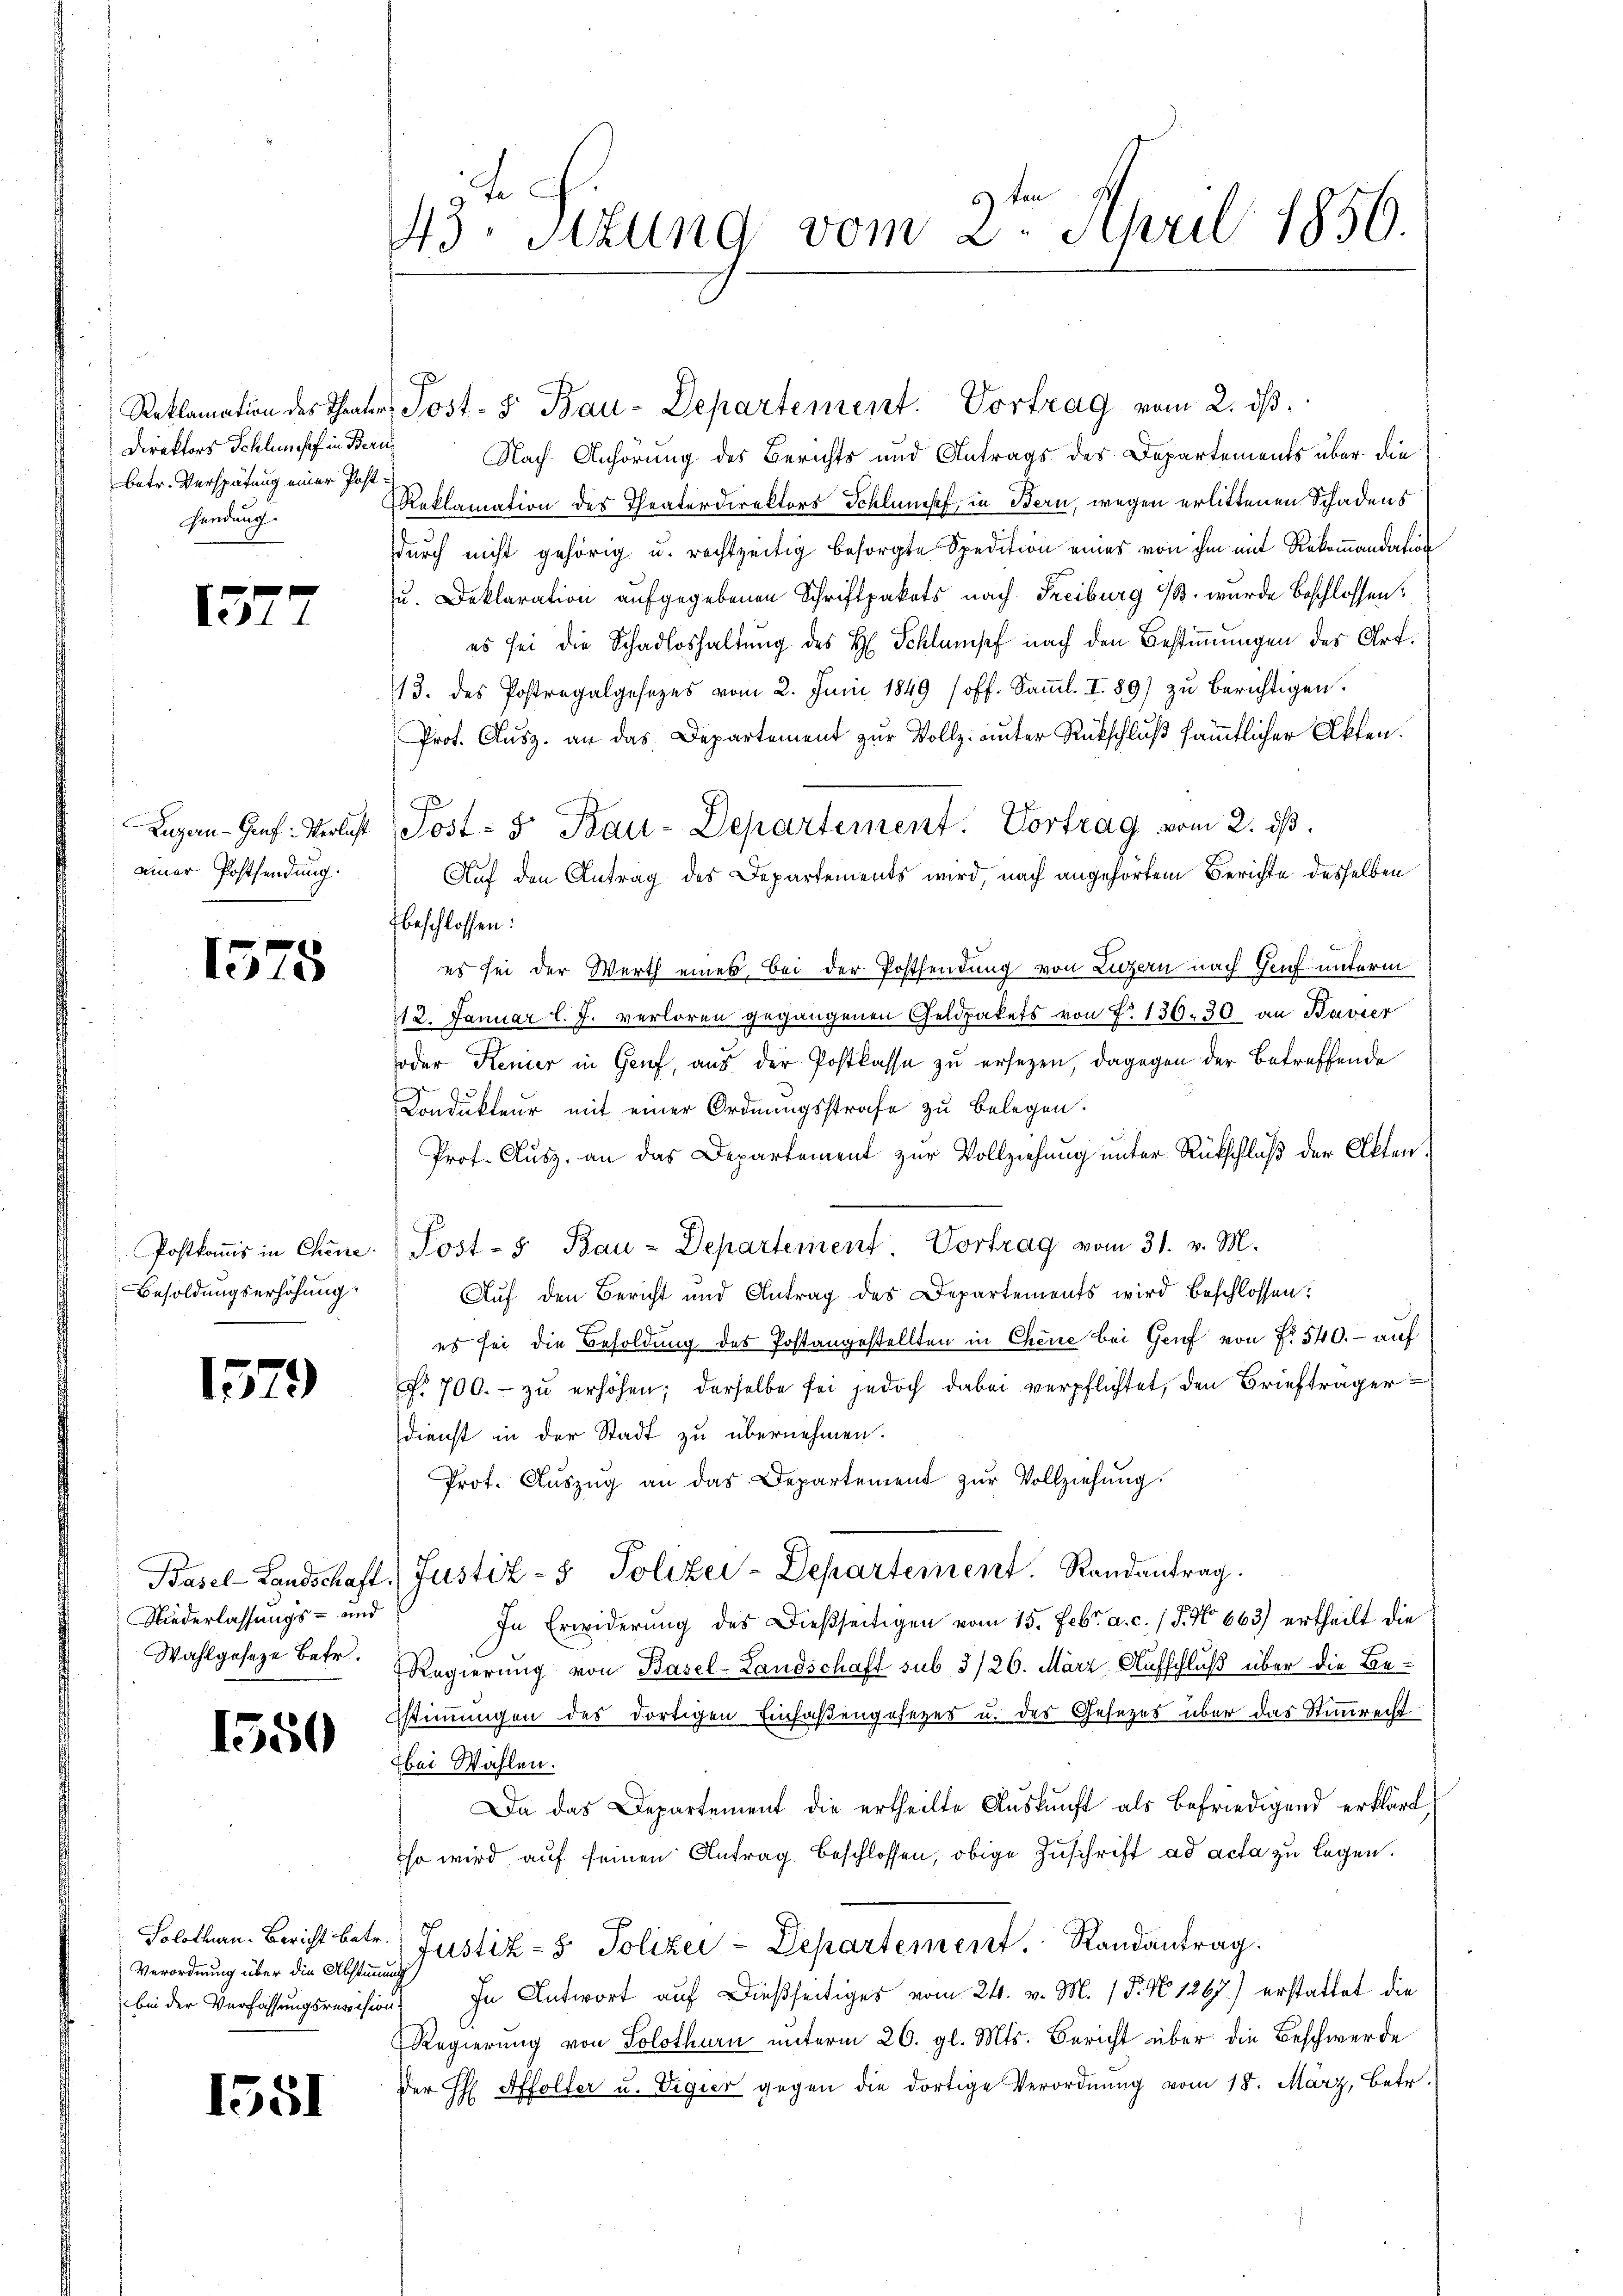
Direktors Schlumpf in Beri
betr. Verspätung einer Postsendung.

15.

2

Luzern - Genf Verlust
einer Postsendung.

1575

Postkommis in Chine.
Besoldungserhöhung.

1579

Niederlassungs- und

1550

Verordnung über die Abstimmung

1351

43te Sizung vom 2. April 1856.

Reklamation des Theater, Post- & Bau-Departement. Vortrag vom 2. dβ.
Nach Anhörung des Berichts und Antrags des Departements über die
Reklamation des Theaterdirektors Schlumpf, in Bern, wegen erlittenen Schadens
durch nicht gehörig u. rechtzeitig besorgte Spedition eines von ihm mit Rekommandation
u. Deklaration aufgegebenen Schriftpakets nach Freiburg i/B. wurde beschlossen:
es sei die Schadloshaltung des H. Schlumpf nach den Bestimmungen des Art.
13. des Postregalgesezes vom 2. Juni 1849 (off. Saṁl. I 89) zu berichtigen.
Prof. Ausz. an das Departement zur Vollz: unter Rückschluß sämmtlicher Akten.
Auf den Antrag des Departements wird, nach angehörtem Berichte desselben
beschlossen:
es sei der Werth eines bei der Postsendung von Luzern nach Genf unterm
212. Januar l. J. verloren gegangenen Geldpakets von P. 136, 30 an Bavier
soder Kenier in Genf, aus der Postkasse zu ersezen, dagegen der betreffende
Kondukteur mit einer Ordnungsstrafe zu belegen.
Prof. Ausz. an das Departement zur Vollziehung unter Rückschluß der Akten.
Post-5 Bau-Departement: Vortrag vom 31. v. M.
Auf den Bericht und Antrag des Departements wird beschlossen:
es sei die Besoldung des Postangestellten in Chene bei Genf von Nr. 540. - auf
No 700.- zŭ erhöhen; derselbe sei jedoch dabei verpflichtet, den Briefträger
dienst in der Stadt zu übernehmen.
Prot. Aŭszŭg an das Departement zŭr Vollziehung.
Basel-Landschaft, Justiz- & Polizei-Departement. Randantrag
In Erwiderŭng des Dießseitigen vom 15. Febr. a. c. / 5. No 663) ertheilt die
Wahlgesetze betr. Regierung von Basel-Landschaft sub 3/26. März Aufschluß über die Bestimmungen des dortigen Einfaßengesezes u. des Gesezes über das Stimmrecht
bei Wahlen.
Da das Departement die ertheilte Auskunft als befriedigend erklärt,
so wird auf seinen Antrag beschlossen, obige Zuschrift ad acta zu legen.
Solothurn. Bericht betr. Justiz- & Polizei-Departement. Randantrag.
bei der Verfassungsrevision. In Antwort auf dießseitiges vom 24. v. M. 18. No 1267) erstattet die
Regierung von Solothurn unterm 26. gl. Mts. Bericht über die Beschwerde
Der H Affolter u. Vigier gegen die dortige Verordnung vom 18. März, Betr.

Post- 5. Bau-Departement. Vortrag vom 2. ds.